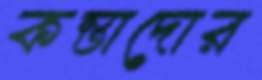
কন্তাদোর